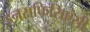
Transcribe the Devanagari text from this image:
इनसफिसिएंसी